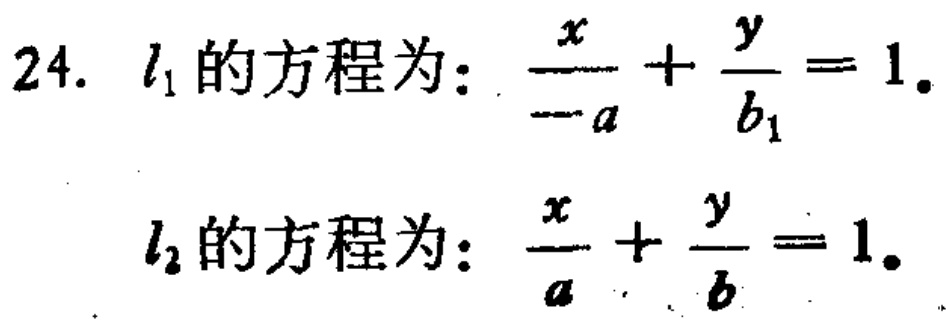
24. \(l_1\)的方程为：\(\frac{x}{-a}+\frac{y}{b_1}=1\).
\(l_2\)的方程为：\(\frac{x}{a}+\frac{y}{b}=1\).